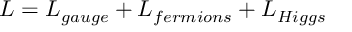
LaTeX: { \cal L } = { \cal L } _ { g a u g e } + { \cal L } _ { f e r m i o n s } + { \cal L } _ { H i g g s }